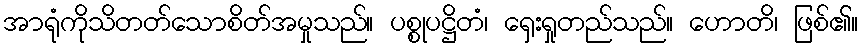
အာရုံကိုသိတတ်သောစိတ်အမှုသည်။ ပစ္စုပဋ္ဌိတံ၊ ရှေးရှုတည်သည်။ ဟောတိ၊ ဖြစ်၏။